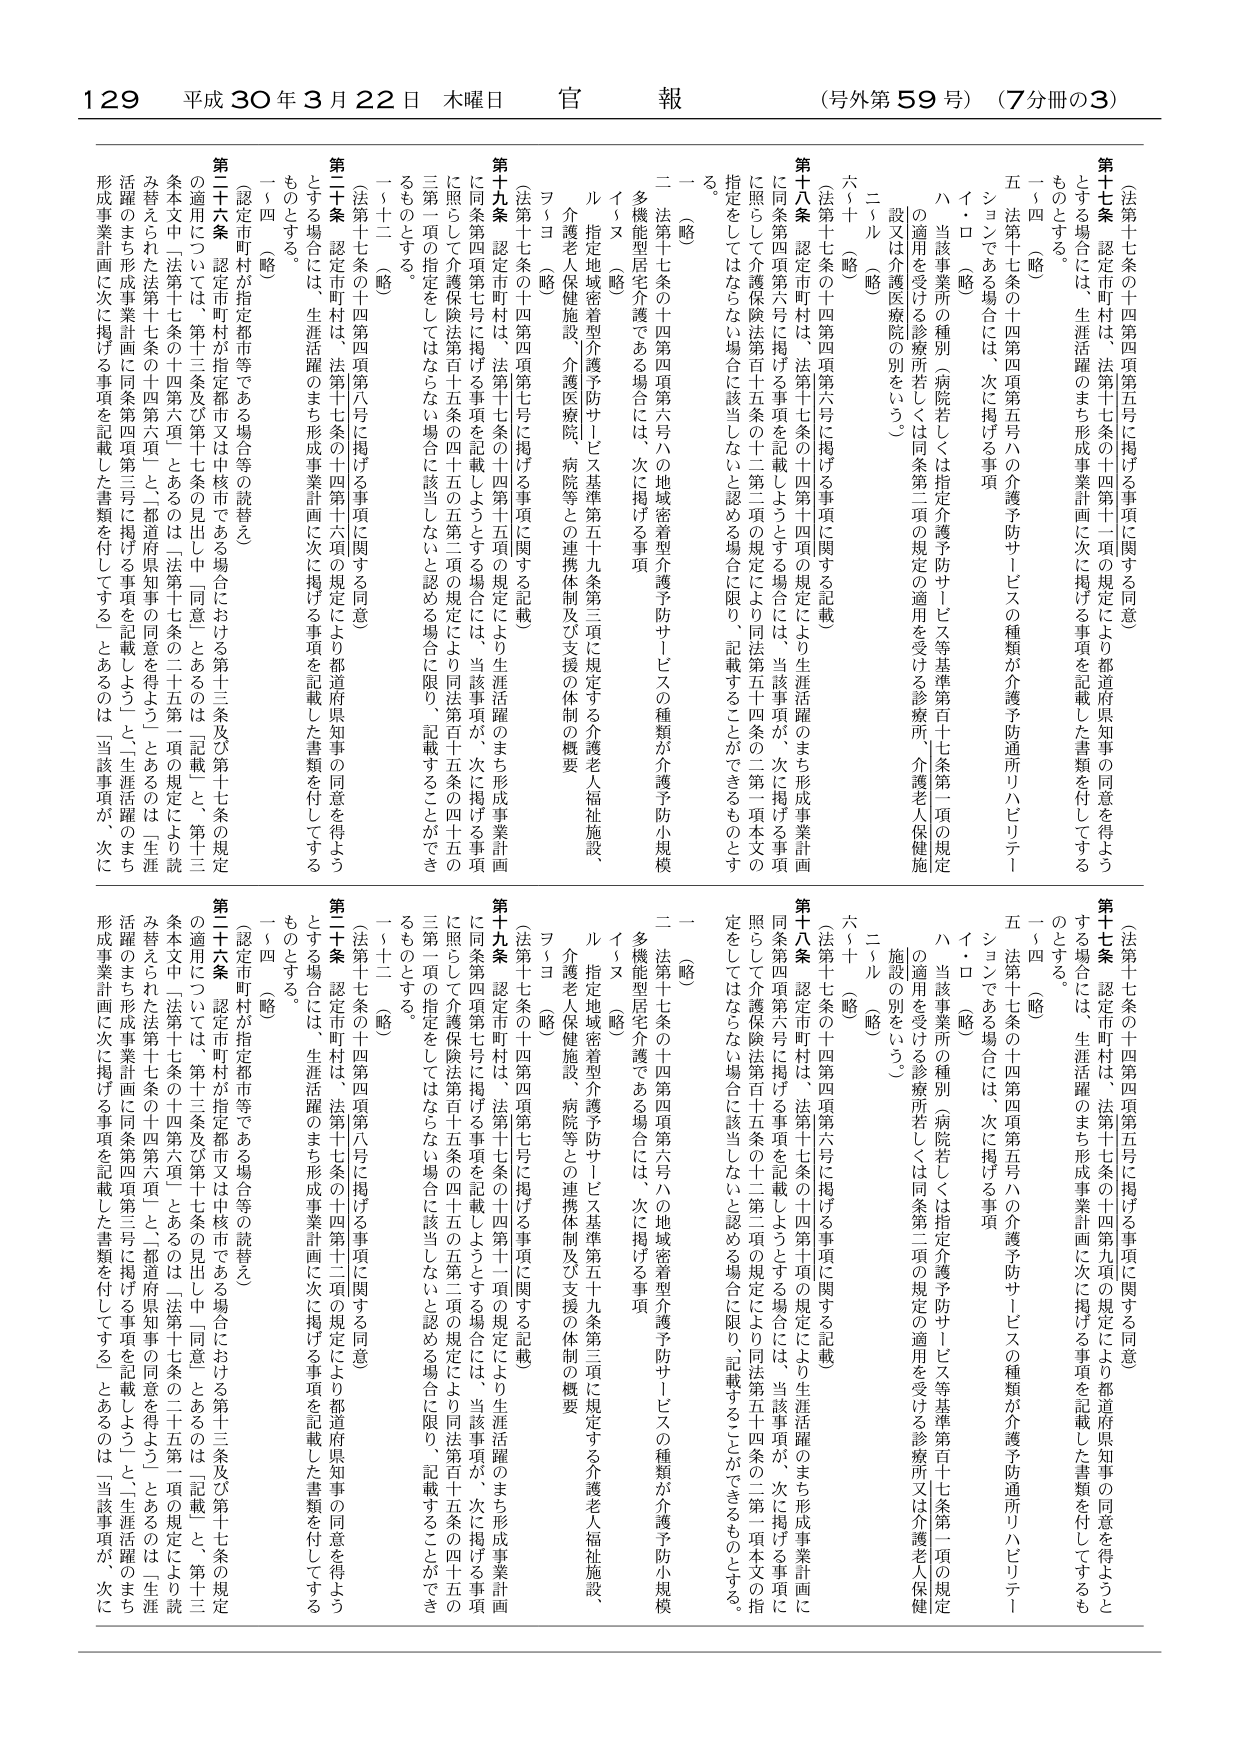
129 平成30年3月22日 木曜日 官報 (号外第59号) (7分冊の3)

(法第十七条の十四第四項第五号に掲げる事項に関する同意)
第十七条 認定市町村は、法第十七条の十四第十一項の規定により都道府県知事の同意を得ようとする場合には、生涯活躍のまち形成事業計画に次に掲げる事項を記載した書類を付してするものとする。
一～四 (略)
五 法第十七条の十四第四項第五号ハの介護予防サービスの種類が介護予防通所リハビリテーションである場合には、次に掲げる事項
イ・ロ (略)
ハ 当該事業所の種別（病院若しくは指定介護予防サービス等基準第百十七条第一項の規定の適用を受ける診療所若しくは同条第二項の規定の適用を受ける診療所、介護老人保健施設又は介護医療院の別をいう。）
二～ル (略)
六～十 (略)

(法第十七条の十四第四項第六号に掲げる事項に関する記載)
第十八条 認定市町村は、法第十七条の十四第十四項の規定により生涯活躍のまち形成事業計画に同条第四項第六号に掲げる事項を記載しようとする場合には、当該事項が、次に掲げる事項に照らして介護保険法第百十五条の十二第二項の規定により同法第五十四条の二第一項本文の指定をしてはならない場合に該当しないと認める場合に限り、記載することができるものとする。
一 (略)
二 法第十七条の十四第四項第六号ハの地域密着型介護予防サービスの種類が介護予防小規模多機能型居宅介護である場合には、次に掲げる事項
イ・ヌ (略)
ル 指定地域密着型介護予防サービス基準第五十九条第三項に規定する介護老人福祉施設、介護老人保健施設、介護医療院、病院等との連携体制及び支援の体制の概要
ヲ・ヨ (略)

(法第十七条の十四第四項第七号に掲げる事項に関する記載)
第十九条 認定市町村は、法第十七条の十四第十五項の規定により生涯活躍のまち形成事業計画に同条第四項第七号に掲げる事項を記載しようとする場合には、当該事項が、次に掲げる事項に照らして介護保険法第百十五条の四十五の五第二項の規定により同法第百十五条の四十五の三第一項の指定をしてはならない場合に該当しないと認める場合に限り、記載することができるものとする。
一～十二 (略)
十三 (略)
(認定市町村が指定都市等である場合等の読替え)
第二十条 認定市町村は、法第十七条の十四第十六項の規定により都道府県知事の同意を得ようとする場合には、生涯活躍のまち形成事業計画に次に掲げる事項を記載した書類を付してするものとする。
一～四 (略)
(法第十七条の十四第四項第八号に掲げる事項に関する同意)
第二十一条 認定市町村は、法第十七条の十四第十二項の規定により都道府県知事の同意を得ようとする場合には、生涯活躍のまち形成事業計画に次に掲げる事項を記載した書類を付してするものとする。
一～四 (略)
(認定市町村が指定都市等である場合等の読替え)
第二十二条 認定市町村が指定都市又は中核市である場合における第十三条及び第十七条の規定の適用については、第十三条及び第十七条の規定中「同意」とあるのは「記載」と、第十三条本文中「法第十七条の十四第六項」とあるのは「法第十七条の二十五第二項の規定により読み替えられた法第十七条の十四第六項」と、都道府県知事の同意を得ようとするのは「生涯活躍のまち形成事業計画に同条第四項第三号に掲げる事項を記載しよう」と、生涯活躍のまち形成事業計画に次に掲げる事項を記載した書類を付してする」とあるのは「当該事項が、次に

(法第十七条の十四第四項第五号に掲げる事項に関する同意)
第十七条 認定市町村は、法第十七条の十四第九項の規定により都道府県知事の同意を得ようとする場合には、生涯活躍のまち形成事業計画に次に掲げる事項を記載した書類を付してするものとする。
一～四 (略)
五 法第十七条の十四第四項第五号ハの介護予防サービスの種類が介護予防通所リハビリテーションである場合には、次に掲げる事項
イ・ロ (略)
ハ 当該事業所の種別（病院若しくは指定介護予防サービス等基準第百十七条第一項の規定の適用を受ける診療所若しくは同条第二項の規定の適用を受ける診療所又は介護老人保健施設の別をいう。）
二～ル (略)
六～十 (略)

(法第十七条の十四第四項第六号に掲げる事項に関する記載)
第十八条 認定市町村は、法第十七条の十四第十四項の規定により生涯活躍のまち形成事業計画に同条第四項第六号に掲げる事項を記載しようとする場合には、当該事項が、次に掲げる事項に照らして介護保険法第百十五条の十二第二項の規定により同法第五十四条の二第一項本文の指定をしてはならない場合に該当しないと認める場合に限り、記載することができるものとする。
一 (略)
二 法第十七条の十四第四項第六号ハの地域密着型介護予防サービスの種類が介護予防小規模多機能型居宅介護である場合には、次に掲げる事項
イ・ヌ (略)
ル 指定地域密着型介護予防サービス基準第五十九条第三項に規定する介護老人福祉施設、介護老人保健施設、介護医療院、病院等との連携体制及び支援の体制の概要
ヲ・ヨ (略)

(法第十七条の十四第四項第七号に掲げる事項に関する記載)
第十九条 認定市町村は、法第十七条の十四第十五項の規定により生涯活躍のまち形成事業計画に同条第四項第七号に掲げる事項を記載しようとする場合には、当該事項が、次に掲げる事項に照らして介護保険法第百十五条の四十五の五第二項の規定により同法第百十五条の四十五の三第一項の指定をしてはならない場合に該当しないと認める場合に限り、記載することができるものとする。
一～十二 (略)
十三 (略)
(認定市町村が指定都市等である場合等の読替え)
第二十条 認定市町村は、法第十七条の十四第十六項の規定により都道府県知事の同意を得ようとする場合には、生涯活躍のまち形成事業計画に次に掲げる事項を記載した書類を付してするものとする。
一～四 (略)
(法第十七条の十四第四項第八号に掲げる事項に関する同意)
第二十一条 認定市町村は、法第十七条の十四第十二項の規定により都道府県知事の同意を得ようとする場合には、生涯活躍のまち形成事業計画に次に掲げる事項を記載した書類を付してするものとする。
一～四 (略)
(認定市町村が指定都市等である場合等の読替え)
第二十二条 認定市町村が指定都市又は中核市である場合における第十三条及び第十七条の規定の適用については、第十三条及び第十七条の規定中「同意」とあるのは「記載」と、第十三条本文中「法第十七条の十四第六項」とあるのは「法第十七条の二十五第二項の規定により読み替えられた法第十七条の十四第六項」と、都道府県知事の同意を得ようとするのは「生涯活躍のまち形成事業計画に同条第四項第三号に掲げる事項を記載しよう」と、生涯活躍のまち形成事業計画に次に掲げる事項を記載した書類を付してする」とあるのは「当該事項が、次に